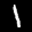
Label: 1